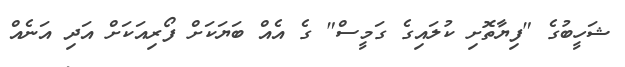
ޝަހީބުގެ "ފިޔާތޮށި ކުލައިގެ ގަމީސް" ގެ އެއް ބަޔަކަށް ފޯރިއަކަށް އަދި އަނެއް